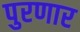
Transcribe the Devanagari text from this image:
पुरणार